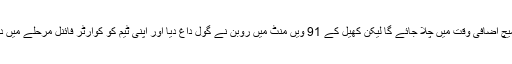
تب یوں معلوم ہو رہا تھا کہ یہ میچ اضافی وقت میں چلا جائے گا لیکن کھیل کے 91 ویں منٹ میں روبن نے گول داغ دیا اور اپنی ٹیم کو کوارٹر فائنل مرحلے میں داخل کرنے میں اہم کردار ادا کیا۔